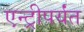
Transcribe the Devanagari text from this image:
एन्ट्रीपर्यंत